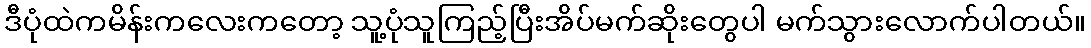
ဒီပုံထဲကမိန်းကလေးကတော့ သူ့ပုံသူကြည့်ပြီးအိပ်မက်ဆိုးတွေပါ မက်သွားလောက်ပါတယ်။